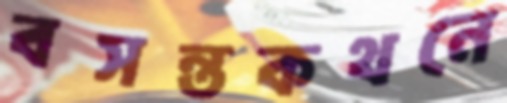
বসন্তকথনে